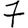
Digit: 7